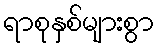
ရာစုနှစ်များစွာ